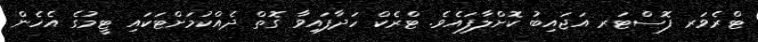
ޓްރެވަރ ފޮސްޓަރ އަޖައިބު ކޮށްލާފައެވެ. ޓްރެކް ހަދާފައިވާ ގޮތް ދެއްކުމަށްޓަކައި ޓީމުގެ އެހެން